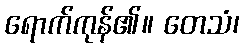
ရောက်ကုန်၏။ တေသံ၊